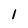
Character: 1